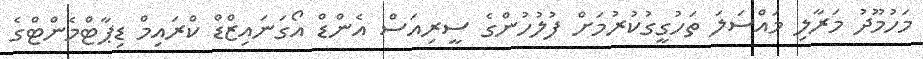
މަހުމޫދު މަރާލި މައްސަލަ ތަހުގީގުކުރުމަށް ފުލުހުންގެ ސީރިއަސް އެންޑް އޯގަނައިޒްޑް ކްރައިމް ޑިޕާޓްމެންޓްގެ